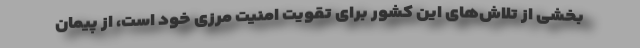
بخشی از تلاش‌های این کشور برای تقویت امنیت مرزی خود است، از پیمان